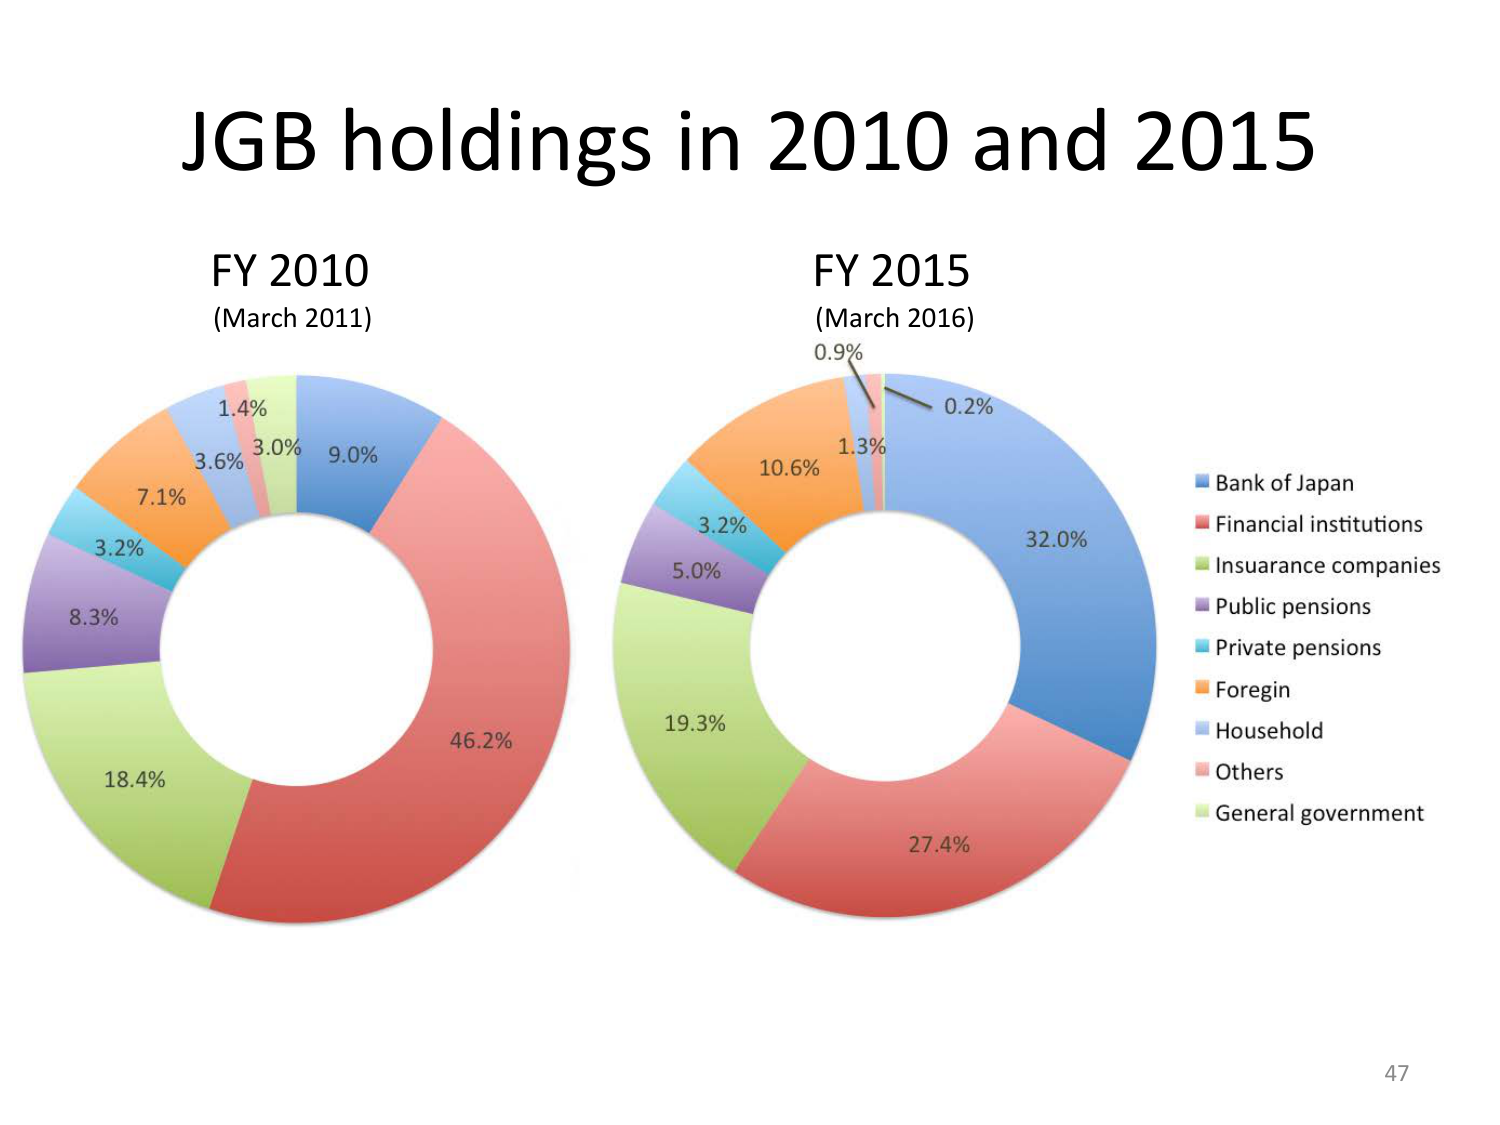
JGB holdings in 2010 and 2015

FY 2010
(March 2011)

1.4%
3.6%
3.0%
9.0%
7.1%
3.2%
8.3%
18.4%
46.2%

FY 2015
(March 2016)

0.9%
1.3%
0.2%
32.0%
10.6%
3.2%
5.0%
19.3%
27.4%

Bank of Japan
Financial institutions
Insurance companies
Public pensions
Private pensions
Foregin
Household
Others
General government

47